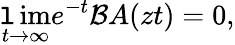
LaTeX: \operatorname*{\mathtt{l}im}_{t\rightarrow\infty}e^{-t}\mathcal{B}A(zt)=0,